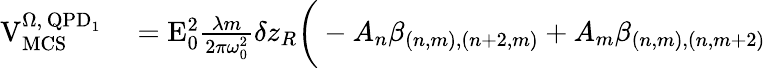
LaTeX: \begin{array}{rl}{\mathrm{V}_{\mathrm{MCS}}^{\Omega,\, \mathrm{QPD}_{1}}}&{{}=\mathrm{E}_{0}^{2}\frac{\lambda m}{2\pi\omega_{0}^{2}}\delta z_{R}\bigg(-A_{n}\beta_{(n,m),(n+2,m)}+A_{m}\beta_{(n,m),(n,m+2)}}\end{array}